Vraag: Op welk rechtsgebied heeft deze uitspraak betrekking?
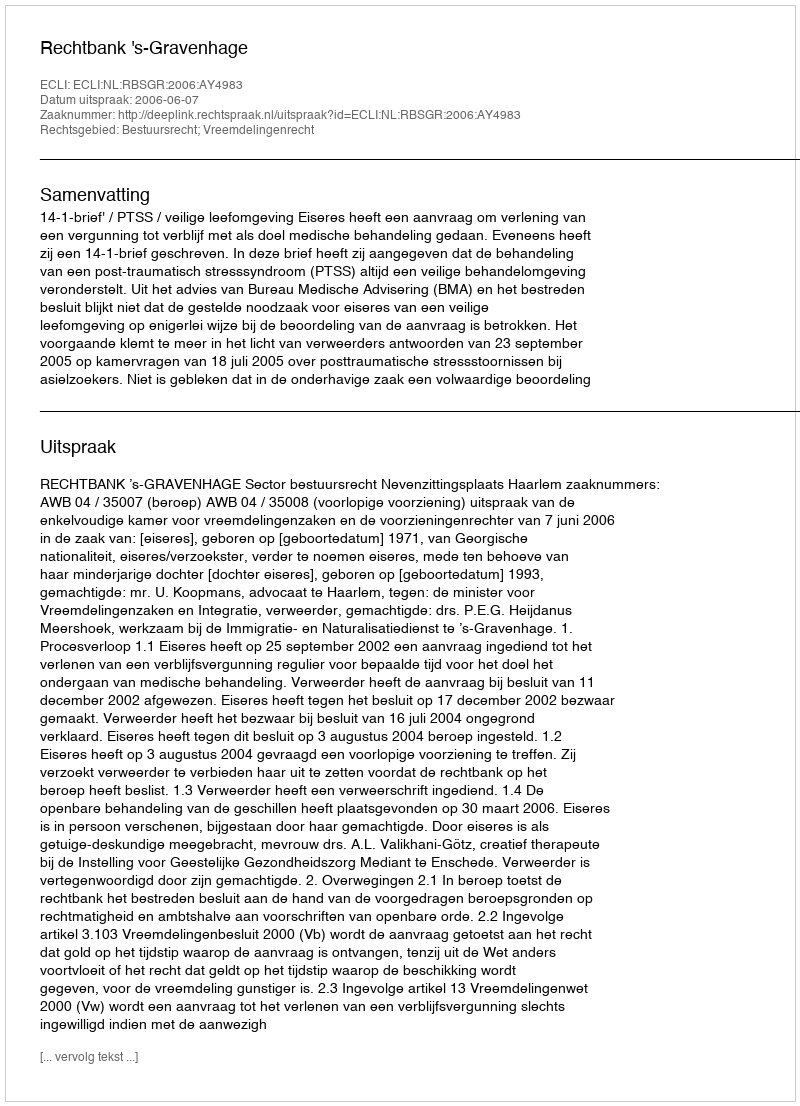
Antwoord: Bestuursrecht; Vreemdelingenrecht